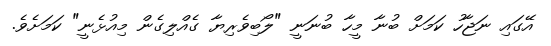
އޭގައި ނަޖާހު ކަމަށް ބުނާ މީހާ ބުނަނީ "ލޯބިވެރިޔާ ގެއްލިގެން މިއުޅެނީ" ކަމަށެވެ.